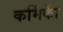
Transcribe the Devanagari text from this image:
कर्मिकाें